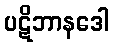
ပဋိဘာနဒေါ